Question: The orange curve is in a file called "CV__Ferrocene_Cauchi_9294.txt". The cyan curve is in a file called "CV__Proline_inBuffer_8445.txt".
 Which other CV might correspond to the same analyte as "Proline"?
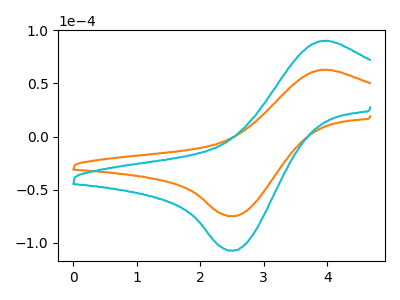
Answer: <think>The orange curve "Ferrocene" has an anodic peak at (3.90V, 62.80uA) and a cathodic peak at (2.50V, -74.90uA). The cyan curve "Proline" has an anodic peak at (3.90V, 90.05uA) and a cathodic peak at (2.50V, -107.35uA).
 All the peaks in "Ferrocene" have a peak in "Proline" at the same potential. Every peak in "Ferrocene" is lower than every peak in "Proline".</think>
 <answer>The CV with the most similar shape to "Ferrocene" is "Proline".</answer>
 <eval>"Proline"</eval>